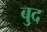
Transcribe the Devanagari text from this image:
बुद